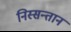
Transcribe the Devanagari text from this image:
निस्सन्तान